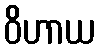
ဝိဟာယ